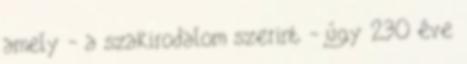
amely - a szakirodalom szerint - úgy 230 éve